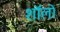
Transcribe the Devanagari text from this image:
शॉलो